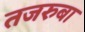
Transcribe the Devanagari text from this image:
तजरुबा